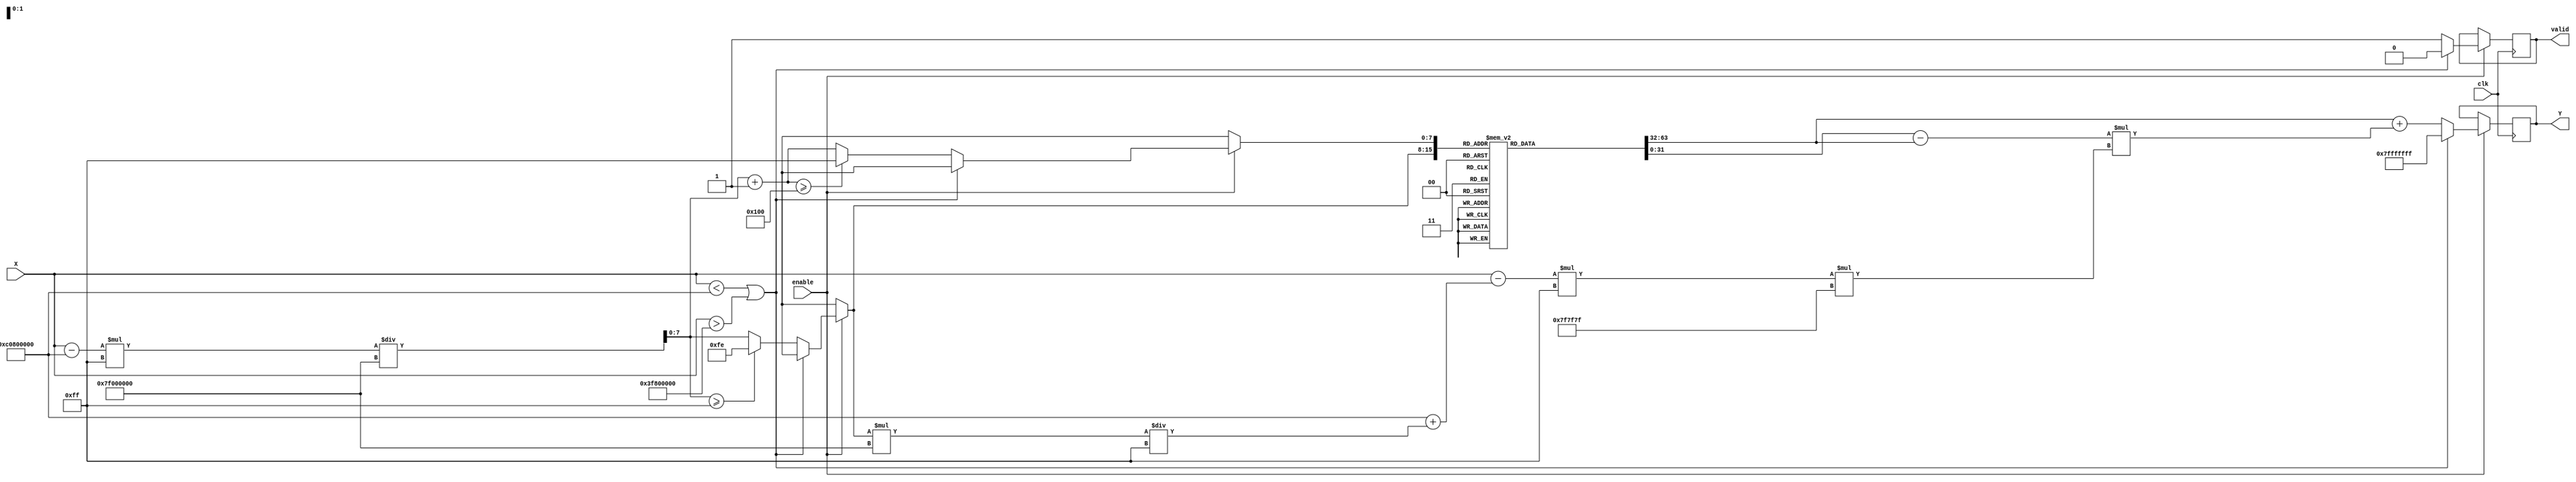
module acos (
    input wire [31:0] X,       // Input Value (Floating Point: IEEE 754)
    output reg [31:0] Y,       // Output Value (Angle in Radians)
    input wire clk,            // Clock for synchronization
    input wire enable,         // Enable signal to start computation
    output reg valid           // Output valid signal
);

// Parameters
parameter LUT_SIZE = 256; // Number of LUT entries
parameter PI = 32'h40490fdb; // Pi in IEEE 754 Format
parameter LUT_MIN = -32'h3f800000; // -1 in IEEE 754
parameter LUT_MAX = 32'h3f800000; // 1 in IEEE 754

// Lookup Table (LUT) for acos values
reg [31:0] acos_lut[LUT_SIZE-1:0]; // LUT array

// Initialize the LUT with precomputed acos values
initial begin
    // Populate the LUT with cosine values (Replace with real precomputed values)
    // Example placeholder values, should be filled with actual acos values
    // acos(1) = 0, acos(0) = pi/2, acos(-1) = pi
    acos_lut[0] = 32'h00000000; // acos(1)
    acos_lut[LUT_SIZE-1] = PI;  // acos(-1)
    // Here, you would fill the table with actual acos values for all LUT_SIZE entries...
    // ...
end

// Internal variables
reg [7:0] index1, index2; // Indices for LUT entries
reg [31:0] lut_value1, lut_value2; // LUT values for interpolation
reg [31:0] weight; // for interpolation

always @(posedge clk) begin
    if (enable) begin
        valid <= 0; // Set valid low initially

        // Check input validation
        if (X < LUT_MIN || X > LUT_MAX) begin
            Y <= 32'h7FFFFFFF; // Return NaN (or any error code)
        end else begin
            // Calculate indices for LUT
            index1 = (X - LUT_MIN) * (LUT_SIZE - 1) / (LUT_MAX - LUT_MIN);
            index2 = index1 + 1;

            // Ensure indices are within bounds
            if (index1 >= LUT_SIZE - 1) index1 = LUT_SIZE - 2;
            if (index2 >= LUT_SIZE) index2 = LUT_SIZE - 1;

            // Retrieve LUT values
            lut_value1 = acos_lut[index1];
            lut_value2 = acos_lut[index2];

            // Linear interpolation weight
            weight = ((X - (LUT_MIN + index1 * (LUT_MAX - LUT_MIN) / (LUT_SIZE - 1))) * (LUT_SIZE - 1)) * ((LUT_MAX - LUT_MIN) / (LUT_SIZE - 1));

            // Linear interpolation between lut_value1 and lut_value2
            Y <= lut_value1 + (lut_value2 - lut_value1) * weight;
            valid <= 1; // Set valid high when output is ready
        end
    end
end

endmodule